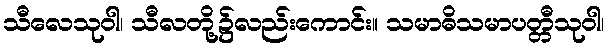
သီလေသုဝါ၊ သီလတို့၌လည်းကောင်း။ သမာဓိသမာပတ္တီသုဝါ၊